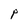
Character: P